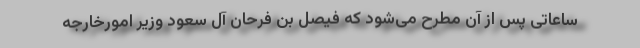
ساعاتی پس از آن مطرح می‌شود که فیصل بن فرحان آل سعود وزیر امورخارجه